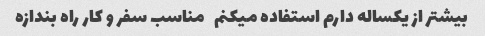
بیشتر از یکساله دارم استفاده میکنم   مناسب سفر و کار راه بندازه